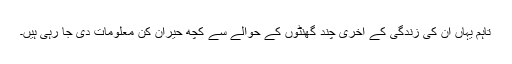
تاہم یہاں ان کی زندگی کے آخری چند گھنٹوں کے حوالے سے کچھ حیران کن معلومات دی جا رہی ہیں۔